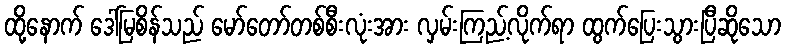
ထို့နောက် ဒေါ်မြစိန်သည် မော်တော်တစ်စီးလုံးအား လှမ်းကြည့်လိုက်ရာ ထွက်ပြေးသွားပြီဆိုသော